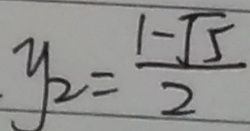
y _ { 2 } = \frac { 1 - \sqrt { 5 } } { 2 }